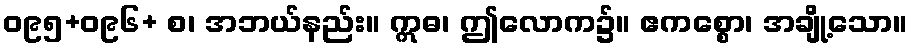
ဝ၉၅+ဝ၉၆+ စ၊ အဘယ်နည်း။ ဣဓ၊ ဤလောက၌။ ဧကစ္စော၊ အချို့သော။